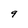
Character: 9